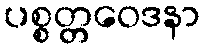
ပစ္စတ္တဝေဒနာ